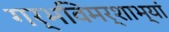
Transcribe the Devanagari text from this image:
गर्भविमर्शाभ्यां